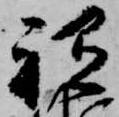
祗